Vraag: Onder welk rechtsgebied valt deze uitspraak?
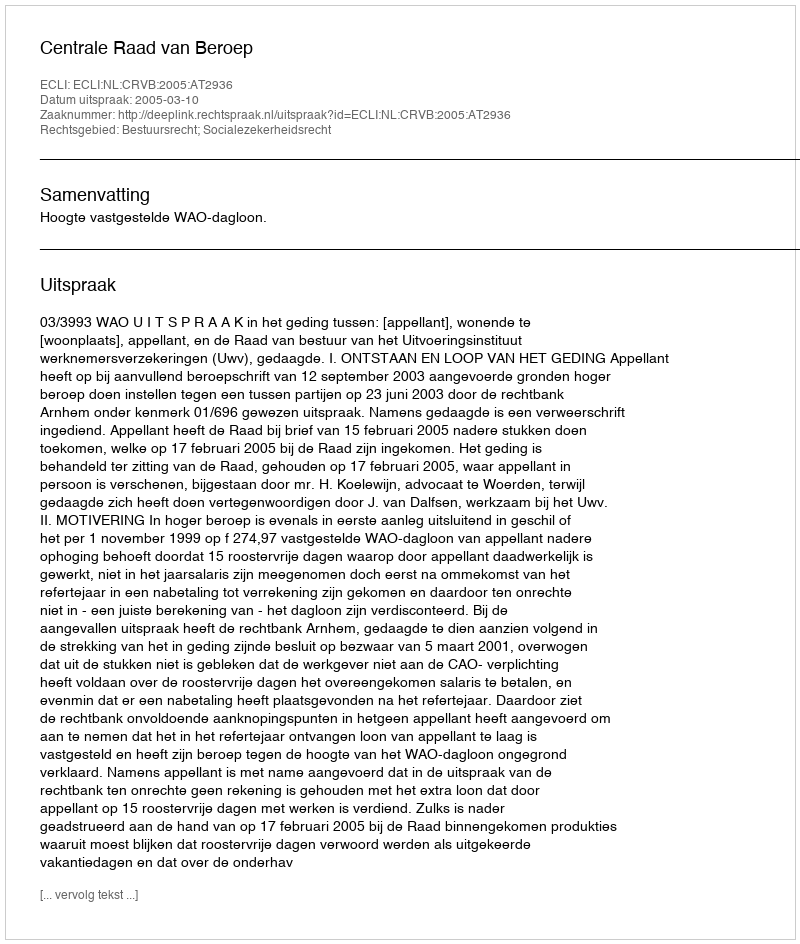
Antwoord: Bestuursrecht; Socialezekerheidsrecht